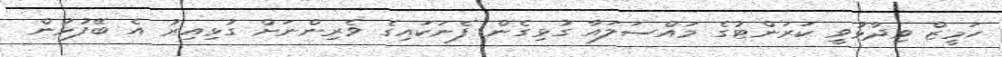
ހަމީޒް ވިދާޅުވީ ކަރަންޓުގެ މައްސަލައާ ގުޅިގެން ފެނަކައިގެ ވެރިންނަށް ގުޅިއިރު އެ ބޭފުޅުން